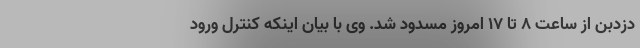
دزدبن از ساعت ۸ تا ۱۷ امروز مسدود شد. وی با بیان اینکه کنترل ورود